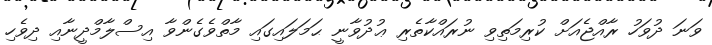
ވަނަ ދުވަހު ރާއްޖެއަށް ކުރިމަތިވި ނުރައްކާތެރި ޢުދުވާނީ ޙަމަލައިގައި މާތްވެގެންވާ އިސްލާމްދީނާއި ދިވެހި